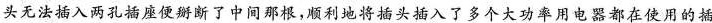
头无法插入两孔插座便掰断了中间那根，顺利地将插头插入了多个大功率用电器都在使用的插